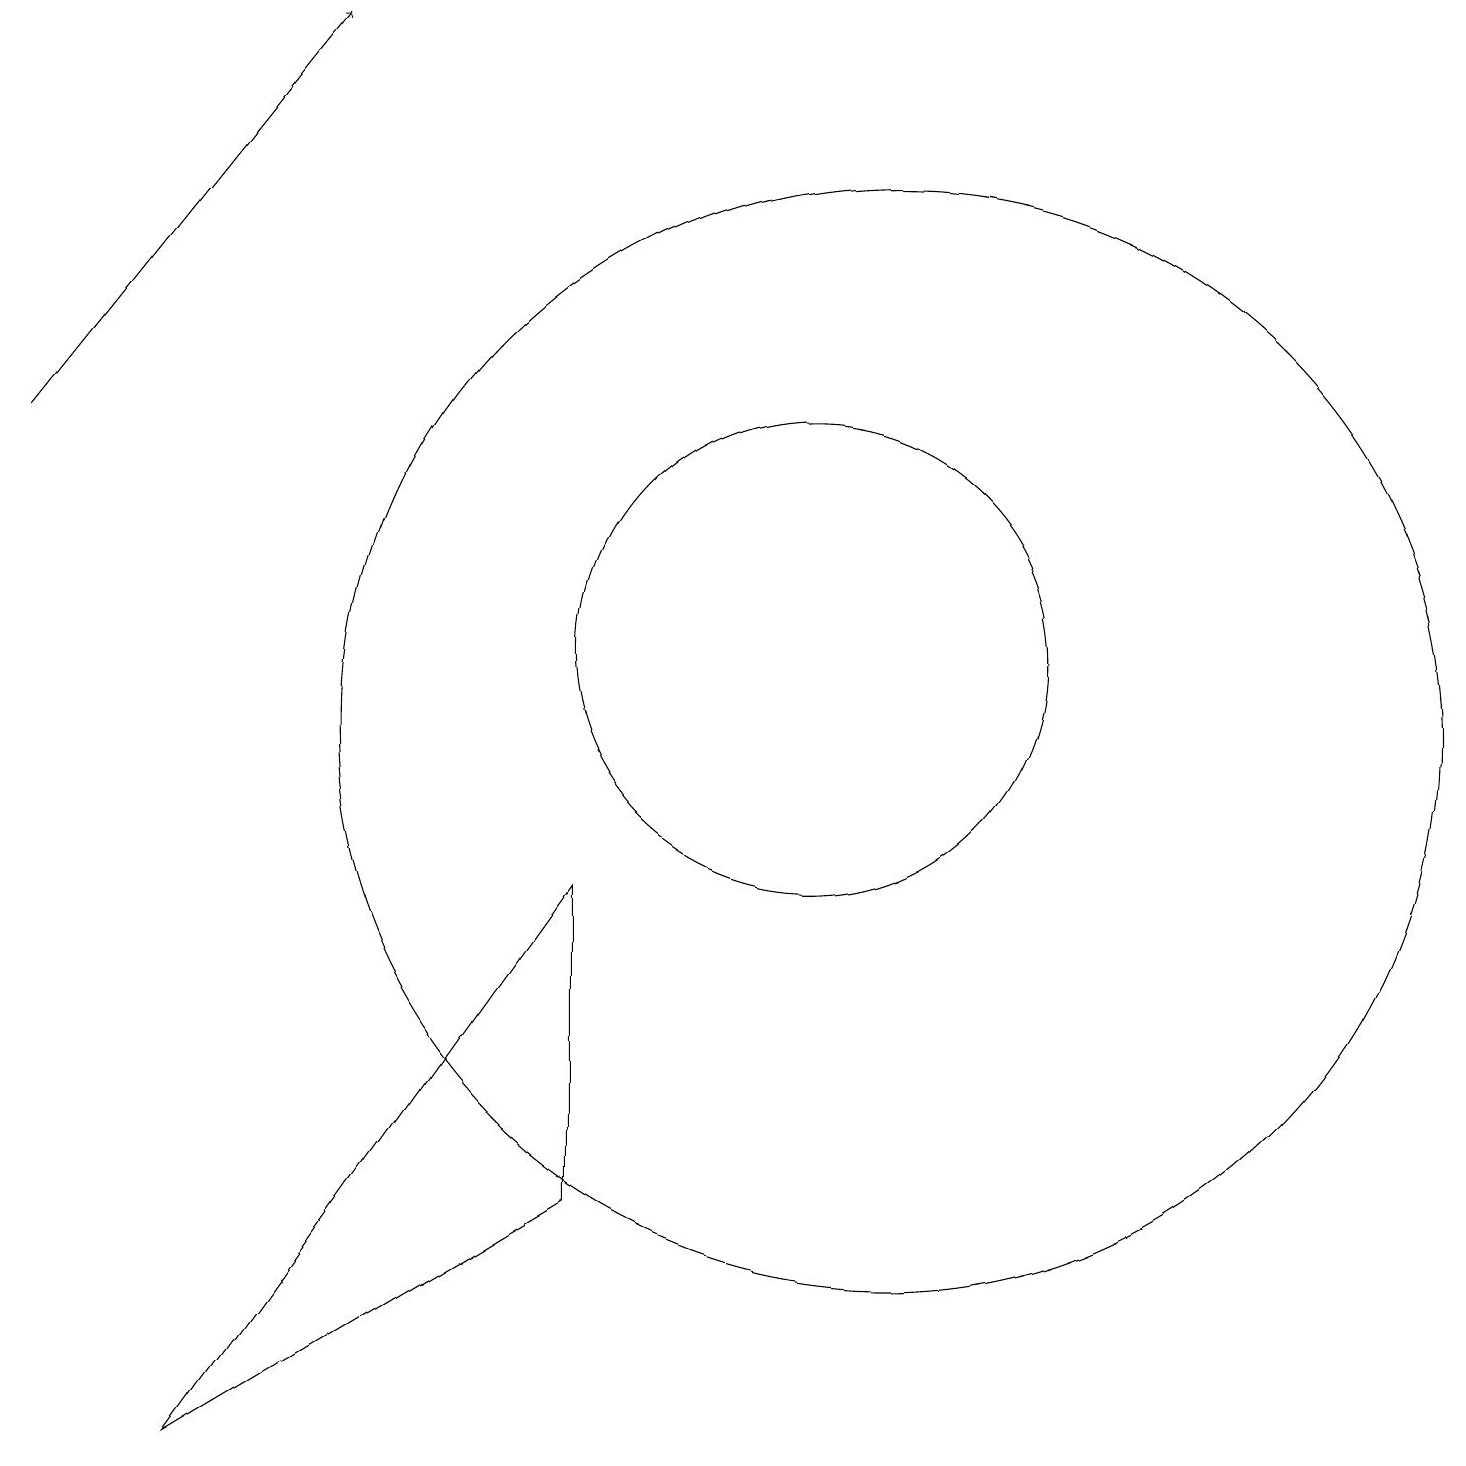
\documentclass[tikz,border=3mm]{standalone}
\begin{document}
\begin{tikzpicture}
\draw (8,8) -- (8,4) -- (3,1) -- cycle;
\draw (12,10) circle (0);
\draw (11,11) circle (3);
\draw (12,10) circle (7);
\draw (11,10) circle (0);
\draw[->] (1,14) -- (5,19);
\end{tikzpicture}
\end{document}